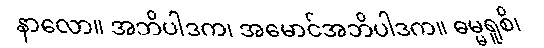
နာလော။ အဘိပါဒက၊ အမောင်အဘိပါဒက။ ဓမ္မရူစိ၊